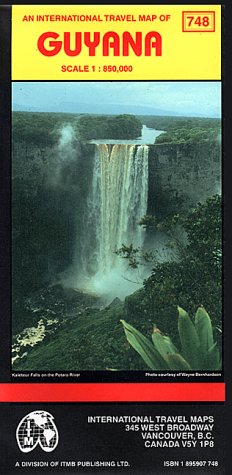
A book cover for Guyana Map; Travel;